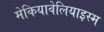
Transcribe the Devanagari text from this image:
मेकियावेलियाइस्म